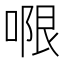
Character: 𭉑